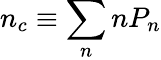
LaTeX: n_{c}\equiv\sum_{n}nP_{n}